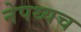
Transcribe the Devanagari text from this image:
नेपथ्यच